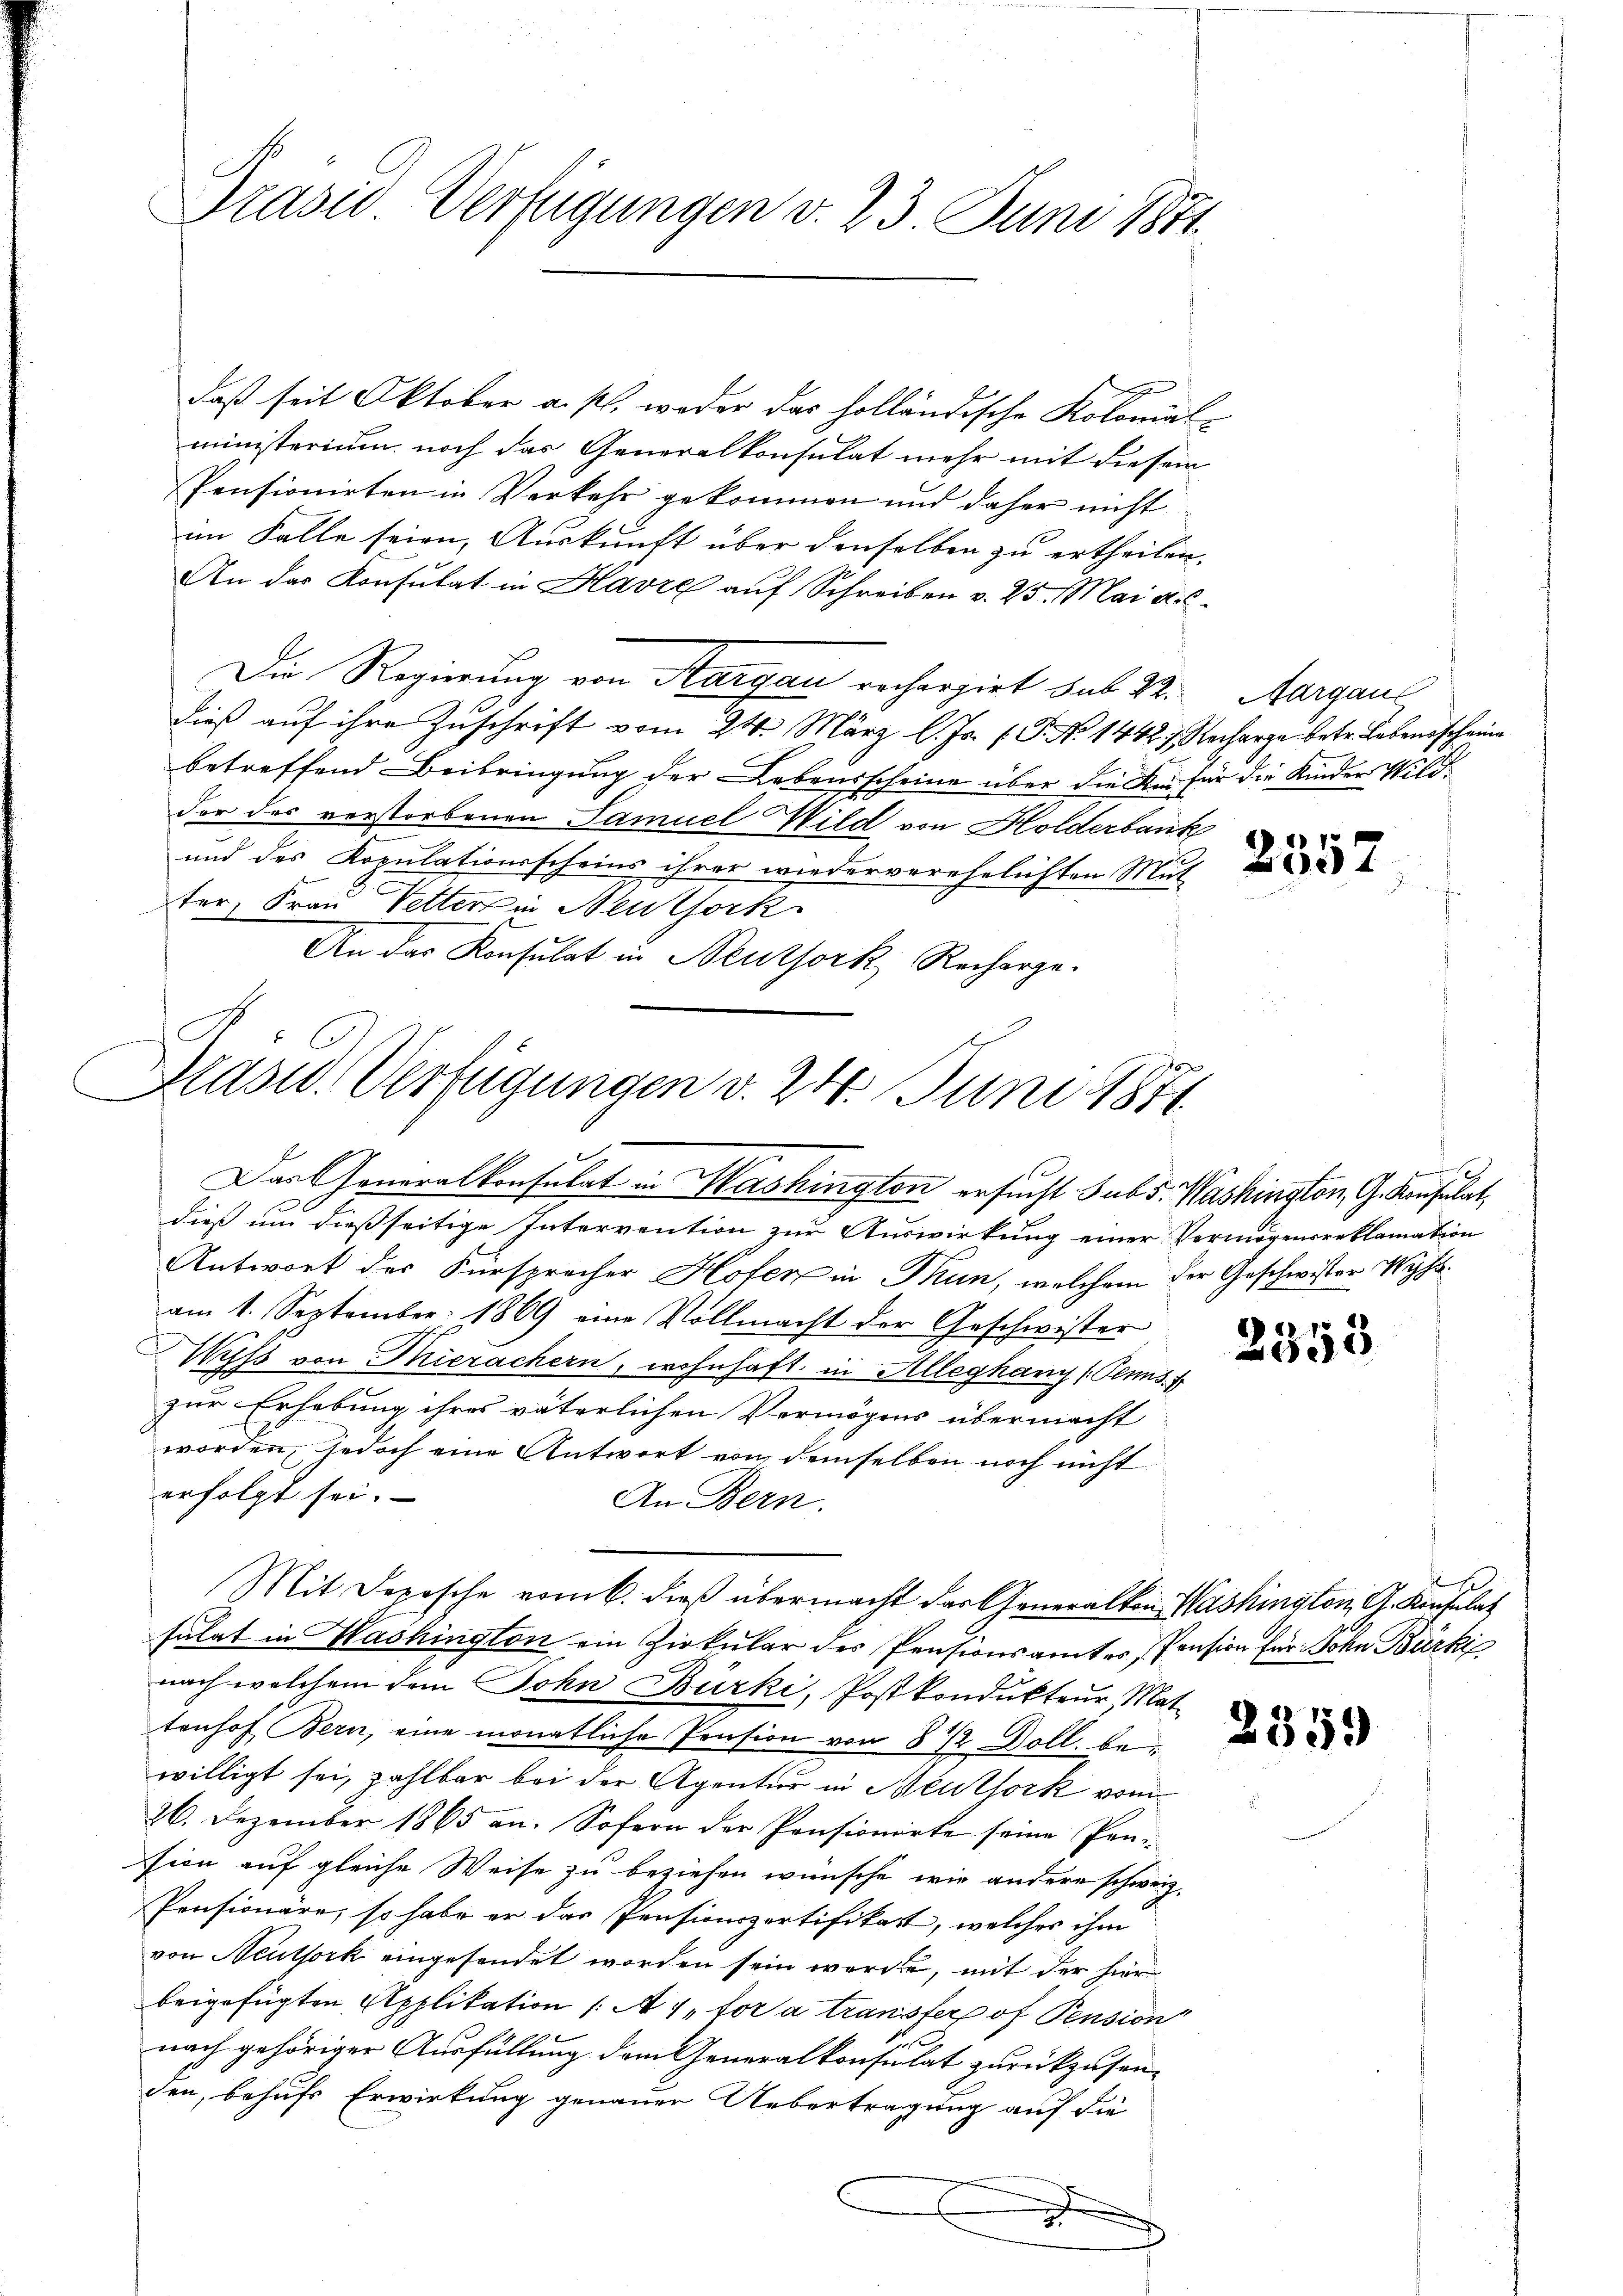
Präsid. Verfügungen v. 23. Juni 1871.

daß seit Oktober a. s. woder das holländische Kolomäl-
ministerium noch das Generalkonsulat mehr mit diesem
Pensionirten in Verkehr gekommen und daher nicht
im Falle seien, Auskunft über denselben zu ertheilen.
An das Konsulat in Havre auf Schreiben v. 25. Mai a. c.
Die Regierung von Aargau rechargirt sub 22. Aargau
dieß auf ihre Zuschrift vom 24. März l. Js. (T. No 1442; Recharge betr. Lebensscheine
betreffend Beibringung der Lebensscheine über die An für die Kinder Wildder des verstorbenen Samuel Wild von Holderbank
und des Kopulationsscheins ihrer wiederverehelichten Mut
ter, Frau Vetter in Neuthork
An das Konsulat in Beuthork Recharge-

Präsid. Verfügungen v. 24. Juni 1871

Das Generalkonsulat in Washington ersucht sub 5. Washington, G. Konsulat,

dieß um dießseitige Intervention zur Auswirkung einer Vermögensreklamation
Antwort der Fürsprecher Hofer in Thun, welchem der Geschwister Wyssam 1. September 1869 eine Vollmacht der Geschwister
Wyss von Thierachern, wohnhaft in Alleghany (Tens.4
zur Erhebung ihres väterlichen Vermögens übermacht
worden, jedoch eine Antwort von demselben noch nicht
erfolgt sei.
An Bern.
Mit Dopische vom 6. dieβ übermacht der Generalten Washington G. Konsulat
sulat in Washington ein Zirkular des Pensionsamtes, Pension für Sohn Bürki
nach welchem dem John Burki, Postkondukteur Mat
tenhof, Bern, eine monatliche Pension von 8½ Doll. bewilligt sei, zahlbar bei der Agentur in Neuthork vom
26. Dezember 1865 an. Sofern der Pensionirte seine Pen-
sion auf gleiche Weise zu beziehen wünsche, wie andere schweiz.
Pensionäre, so habe er das Pensionsportifikart, welches ihm
von Neuthork eingesendet worden sein werden, mit der hierbeigefügten Applikation (A 4 to a transfer of Pension
nach gehöriger Ausfüllung dem Generalkonsulat zurückzusen-
den, behufs Erwirkung genauer Uebertragung auf die
.

2357

x

2358

2359